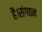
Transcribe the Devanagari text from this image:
है।संगठन